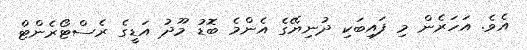
އެވެ. އަހަރެން މި ފައިބަކި ދުނިޔޭގެ އެންމެ ބޮޑު މޫދު އަޑީގެ ރެސްޓޯރެންޓް